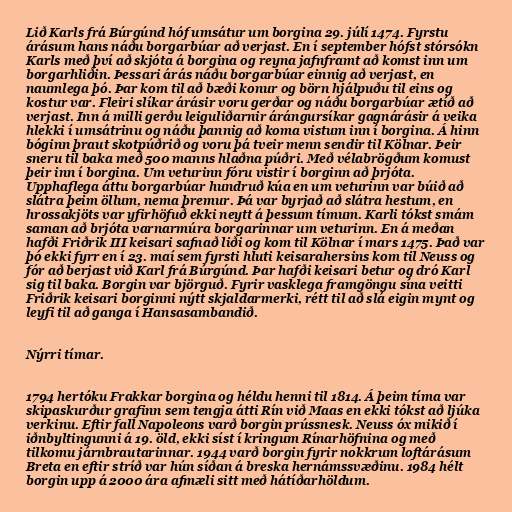
Lið Karls frá Búrgúnd hóf umsátur um borgina 29. júlí 1474. Fyrstu
árásum hans náðu borgarbúar að verjast. En í september hófst stórsókn
Karls með því að skjóta á borgina og reyna jafnframt að komst inn um
borgarhliðin. Þessari árás náðu borgarbúar einnig að verjast, en
naumlega þó. Þar kom til að bæði konur og börn hjálpuðu til eins og
kostur var. Fleiri slíkar árásir voru gerðar og náðu borgarbúar ætíð að
verjast. Inn á milli gerðu leiguliðarnir árángursíkar gagnárásir á veika
hlekki í umsátrinu og náðu þannig að koma vistum inn í borgina. Á hinn
bóginn þraut skotpúðrið og voru þá tveir menn sendir til Kölnar. Þeir
sneru til baka með 500 manns hlaðna púðri. Með vélabrögðum komust
þeir inn í borgina. Um veturinn fóru vistir í borginn að þrjóta.
Upphaflega áttu borgarbúar hundruð kúa en um veturinn var búið að
slátra þeim öllum, nema þremur. Þá var byrjað að slátra hestum, en
hrossakjöts var yfirhöfuð ekki neytt á þessum tímum. Karli tókst smám
saman að brjóta varnarmúra borgarinnar um veturinn. En á meðan
hafði Friðrik III keisari safnað liði og kom til Kölnar í mars 1475. Það var
þó ekki fyrr en í 23. maí sem fyrsti hluti keisarahersins kom til Neuss og
fór að berjast við Karl frá Búrgúnd. Þar hafði keisari betur og dró Karl
sig til baka. Borgin var björguð. Fyrir vasklega framgöngu sína veitti
Friðrik keisari borginni nýtt skjaldarmerki, rétt til að slá eigin mynt og
leyfi til að ganga í Hansasambandið.

Nýrri tímar.

1794 hertóku Frakkar borgina og héldu henni til 1814. Á þeim tíma var
skipaskurður grafinn sem tengja átti Rín við Maas en ekki tókst að ljúka
verkinu. Eftir fall Napoleons varð borgin prússnesk. Neuss óx mikið í
iðnbyltingunni á 19. öld, ekki síst í kringum Rínarhöfnina og með
tilkomu járnbrautarinnar. 1944 varð borgin fyrir nokkrum loftárásum
Breta en eftir stríð var hún síðan á breska hernámssvæðinu. 1984 hélt
borgin upp á 2000 ára afmæli sitt með hátíðarhöldum.